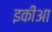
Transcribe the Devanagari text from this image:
इकीआ